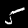
Label: 5